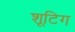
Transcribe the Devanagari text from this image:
शूटिग